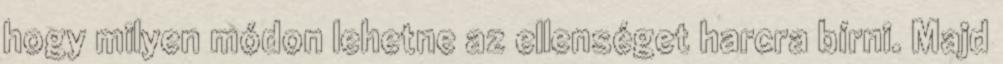
hogy milyen módon lehetne az ellenséget harcra bírni. Majd